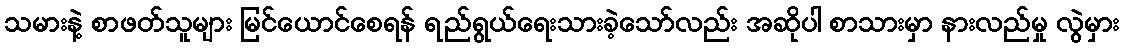
သမားနဲ့ စာဖတ်သူများ မြင်ယောင်စေရန် ရည်ရွယ်ရေးသားခဲ့သော်လည်း အဆိုပါ စာသားမှာ နားလည်မှု လွဲမှား